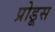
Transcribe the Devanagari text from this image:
प्रोडूस